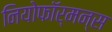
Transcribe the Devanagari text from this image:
नियोफॉर्मन्स